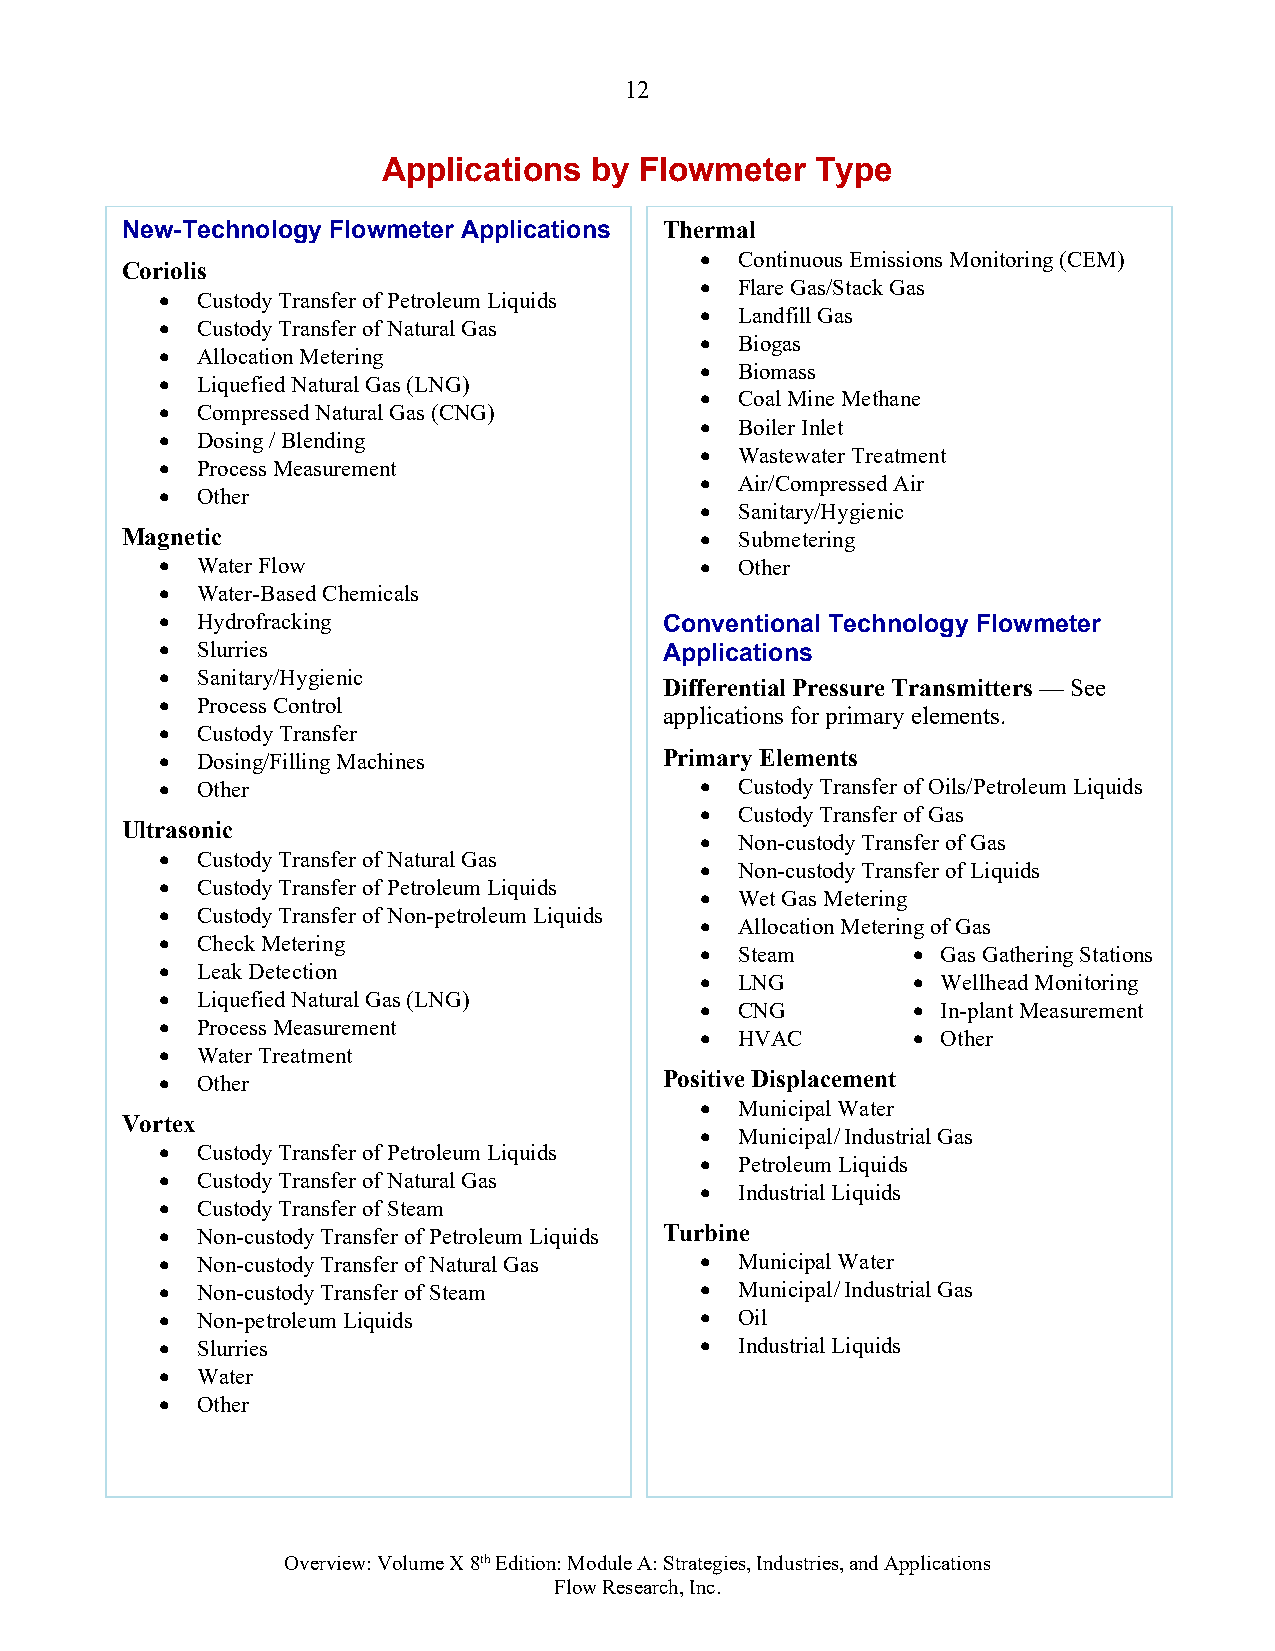
12
 Appl ications by Flowmeter   Type
 New-Technology Flowmeter Applications Thermal
   Continuous Emissions Monitoring (CEM)
 Coriolis
   Flare Gas/Stack Gas
  Custody Transfer of Petroleum Liquids
   Landfill Gas
  Custody Transfer of Natural Gas
   Biogas
  Allocation Metering
   Biomass
  Liquefied Natural Gas (LNG)
   Coal Mine Methane
  Compressed Natural Gas (CNG)
   Boiler Inlet
  Dosing / Blending
   Wastewater Treatment
  Process Measurement
   Air/Compressed Air
  Other
   Sanitary/Hygienic
 Magnetic                                Submetering
  Water Flow                         Other
  Water-Based Chemicals
  Hydrofracking                  Conventional Technology Flowmeter
  Slurries                       Applications
  Sanitary/Hygienic
 Differential Pressure Transmitters — See
  Process Control
 applications for primary elements.
  Custody Transfer
  Dosing/Filling Machines        Primary Elements
  Other                              Custody Transfer of Oils/Petroleum Liquids
   Custody Transfer of Gas
 Ultrasonic
   Non-custody Transfer of Gas
  Custody Transfer of Natural Gas
   Non-custody Transfer of Liquids
  Custody Transfer of Petroleum Liquids
   Wet Gas Metering
  Custody Transfer of Non-petroleum Liquids
   Allocation Metering of Gas
  Check Metering
   Steam       Gas Gathering Stations
  Leak Detection
   LNG         Wellhead Monitoring
  Liquefied Natural Gas (LNG)
   CNG         In-plant Measurement
  Process Measurement
   HVAC        Other
  Water Treatment
  Other                          Positive Displacement
   Municipal Water
 Vortex
   Municipal/Industrial Gas
  Custody Transfer of Petroleum Liquids
   Petroleum Liquids
  Custody Transfer of Natural Gas
   Industrial Liquids
  Custody Transfer of Steam
  Non-custody Transfer of Petroleum Liquids Turbine
  Non-custody Transfer of Natural Gas  Municipal Water
  Non-custody Transfer of Steam      Municipal/Industrial Gas
  Non-petroleum Liquids              Oil
  Slurries                           Industrial Liquids
  Water
  Other
 Overview: Volume X 8th Edition: Module A: Strategies, Industries, and Applications
 Flow Research, Inc.